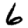
Digit: 6